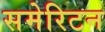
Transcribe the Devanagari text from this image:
समेरिटन